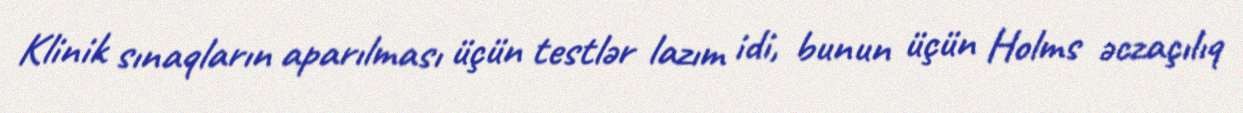
Klinik sınaqların aparılması üçün testlər lazım idi, bunun üçün Holms əczaçılıq